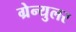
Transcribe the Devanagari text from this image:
ग्रेन्युलर